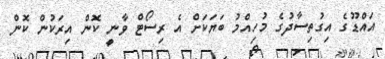
އައްޑޫގެ އިގުތިސާދުގެ މުހިއްމު ބަޔަކަށް އެ ރިސޯޓް ވާނީ ކޮން އިރަކުން ކޮން